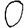
Digit: 0